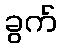
ခွက်